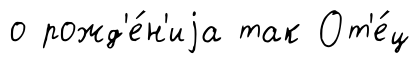
о рожд'е́н'иjа так От'е́ц